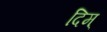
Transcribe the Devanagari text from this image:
दिम्